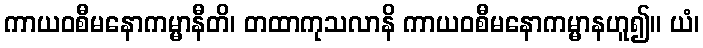
ကာယဝစီမနောကမ္မာနီတိ၊ တထာကုသလာနိ ကာယဝစီမနောကမ္မာနဟူ၍။ ယံ၊